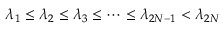
\lambda _ { 1 } \le \lambda _ { 2 } \le \lambda _ { 3 } \le \dots \leq \lambda _ { 2 N - 1 } < \lambda _ { 2 N }